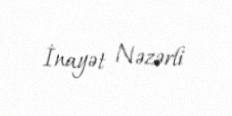
İnayət Nəzərli